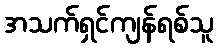
အသက်ရှင်ကျန်ရစ်သူ